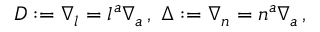
D : = \nabla _ { \boldsymbol { l } } = l ^ { a } \nabla _ { a } \, , \; \Delta : = \nabla _ { \boldsymbol { n } } = n ^ { a } \nabla _ { a } \, ,